Calcutta medical institutions reports 1871-78
Year: 1871
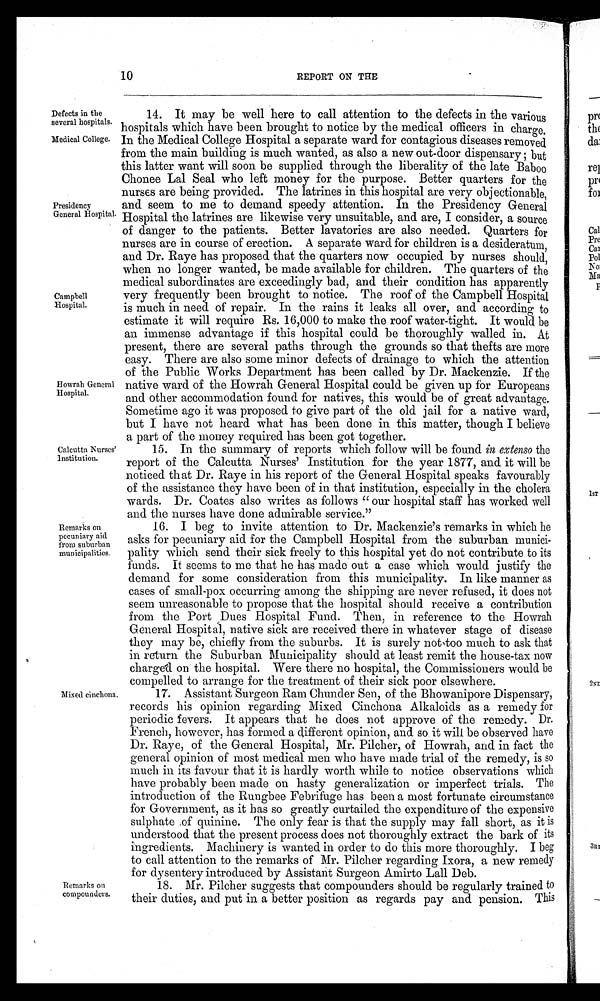
10
REPORT ON THE
Defects in the
14. It may be well here to call attention to the defects in the various
several hospitals. hospitals which have been brought to notice by the medical officers in charge.
Medical College. In the Medical College Hospital a separate ward for contagious diseases removed
from the main building is much wanted, as also a new out-door dispensary ; but
this latter want will soon be supplied through the liberality of the late Baboo
Chonee Lal Seal who left money for the purpose. Better quarters for the
nurses are being provided. The latrines in this hospital are very objectionable,
Presidency
and seem to me to demand speedy attention. In the Presidency General
General Hospital. Hospital the latrines are likewise very unsuitable, and are, I consider, a source
of danger to the patients. Better lavatories are also needed. Quarters for
nurses are in course of erection. A separate ward for children is a desideratum,
and Dr. Raye has proposed that the quarters now occupied by nurses should,
when no longer wanted, be made available for children. The quarters of the
medical subordinates are exceedingly bad, and their condition has apparently
Campbell
very frequently been brought to notice. The roof of the Campbell Hospital
Hospital. is much in need of repair. In the rains it leaks all over, and according to
estimate it will require Rs. 16,000 to make the roof water-tight. It would be
an immense advantage if this hospital could be thoroughly walled in. At
present, there are several paths through the grounds so that thefts are more
easy. There are also some minor defects of drainage to which the attention
of the Public Works Department has been called by Dr. Mackenzie. If the
Howrah General native ward of the Howrah General Hospital could be given up for Europeans
Hospital.
and other accommodation found for natives, this would be of great advantage.
Sometime ago it was proposed to give part of the old jail for a native ward,
but I have not heard what has been done in this matter, though I believe
a part of the money required has been got together.
Calcutta Nurses'
15. In the summary of reports which follow will be found in extenso the
Institution.
report of the Calcutta Nurses' Institution for the year 1877, and it will be
noticed that Dr. Raye in his report of the General Hospital speaks favourably
of the assistance they have been of in that institution, especially in the cholera
wards. Dr. Coates also writes as follows " our hospital staff has worked well
and the nurses have done admirable service."
Remarks on
16. I beg to invite attention to Dr. Mackenzie's remarks in which he
pecuniary aid
asks for pecuniary aid for the Campbell Hospital from the suburban munici-
from suburban
mun icipalities. pality which send their sick freely to this hospital yet do not contribute to its
funds. It seems to me that he has made out a case which would justify the
demand for some consideration from this municipality. In like manner as
cases of small-pox occurring among the shipping are never refused, it does not
seem unreasonable to propose that the hospital should receive a contribution
from the Port Dues Hospital Fund. Then, in reference to the Howrah
General Hospital, native sick are received there in whatever stage of disease
they may be, chiefly from the suburbs. It is surely not,too much to ask that
i n r e t u r n
t h e S u b u r b a n M u n i c i p a l i t y s h o u l d a t l e a s t r e m i t t h e h o u s e - t a x n o w
charged on the hospital. Were there no hospital, the Commissioners would be
compelled to arrange for the treatment of their sick poor elsewhere.
Mixed cinchona. 17. Assistant Surgeon Ram Chunder Sen, of the Bhowanipore Dispensary,
records his opinion regarding Mixed Cinchona Alkaloids as a remedy for
periodic fevers. It appears that he does not approve of the remedy. Dr.
French, however, has formed a different opinion, and so it will be observed have
Dr. Raye, of the General Hospital, Mr. Pilcher, of Howrah, and in fact the
general opinion of most medical men who have made trial of the remedy, is so
much in its favour that it is hardly worth while to notice observations which
have probably been made on hasty generalization or imperfect trials. The
introduction of the Rungbee Febrifuge has been a most fortunate circumstance
for Government, as it has so greatly curtailed the expenditure of the expensive
sulphate of quinine. The only fear is that the supply may fall short, as it is
understood that the present process does not thoroughly extract the bark of its
ingredients. Machinery is wanted in order to do this more thoroughly. I beg
to call attention to the remarks of Mr. Pilcher regarding Ixora, a new remedy
for dysentery introduced by Assistant Surgeon Amirto Lall Deb.
Remarks on
18. Mr. Pilcher suggests that compounders should be regularly trained to
compounders.
their duties, and put in a better position as regards pay and pension. This